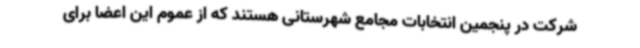
شرکت در پنجمین انتخابات مجامع شهرستانی هستند که از عموم این اعضا برای